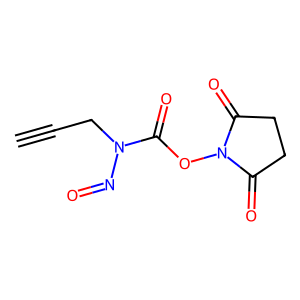
SMILES: C#CCN(N=O)C(=O)ON1C(=O)CCC1=O
Inhibits HIV replication: No